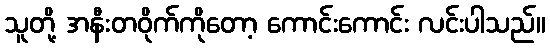
သူတို့ အနီးတဝိုက်ကိုတော့ ကောင်းကောင်း လင်းပါသည်။